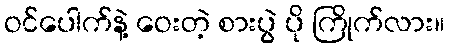
ဝင်ပေါက်နဲ့ ဝေးတဲ့ စားပွဲ ပို ကြိုက်လား။